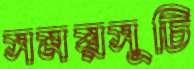
সময়সূচি